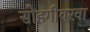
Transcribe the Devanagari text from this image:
सोहगीवरवा